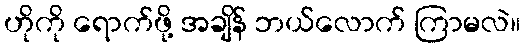
ဟိုကို ရောက်ဖို့ အချိန် ဘယ်လောက် ကြာမလဲ။